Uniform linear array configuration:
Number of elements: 32
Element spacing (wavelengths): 0.5
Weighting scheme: hamming
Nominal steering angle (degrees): -60
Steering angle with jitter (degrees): -60.035
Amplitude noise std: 0.05
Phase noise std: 0.05

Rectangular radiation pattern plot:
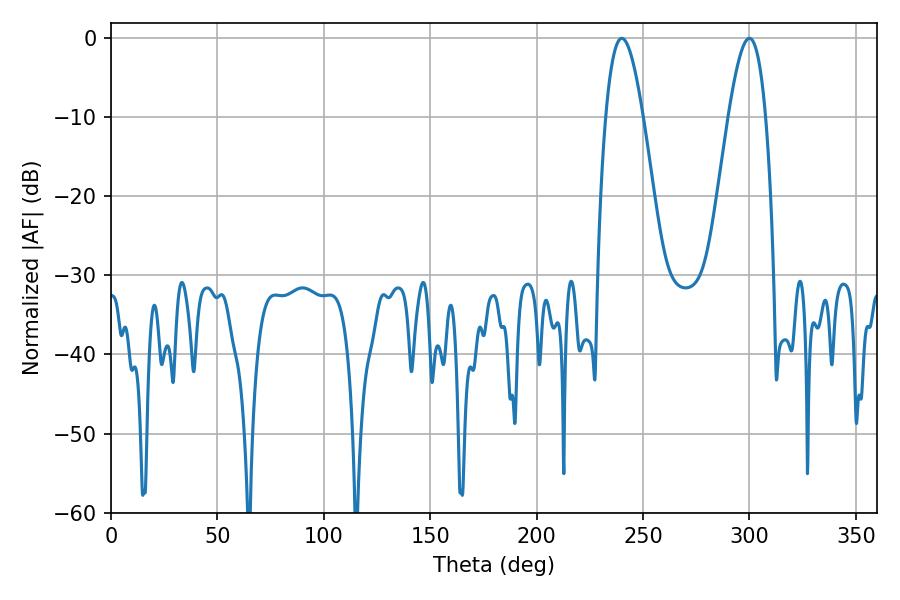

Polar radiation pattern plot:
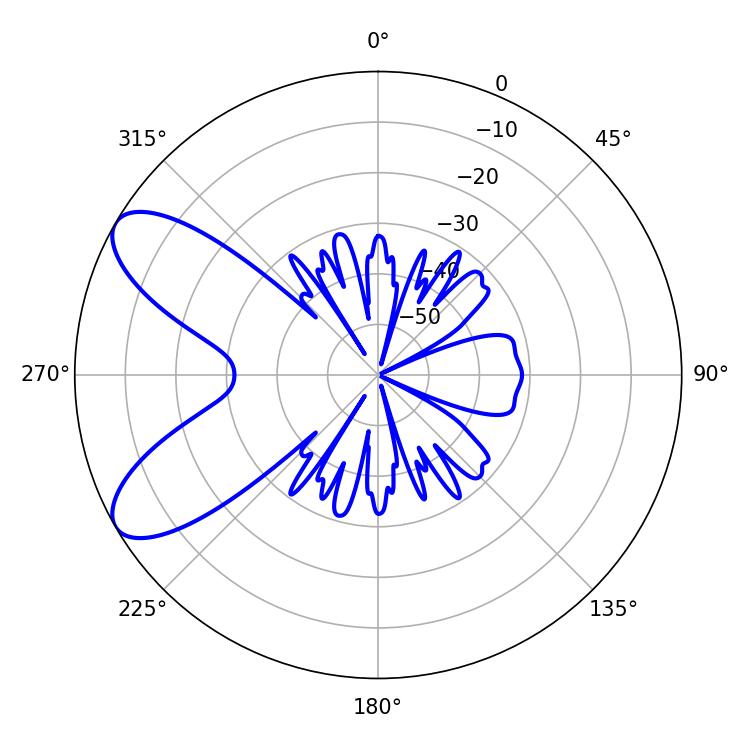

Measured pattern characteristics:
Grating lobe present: FALSE
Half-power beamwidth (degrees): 9.54
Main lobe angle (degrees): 239.94